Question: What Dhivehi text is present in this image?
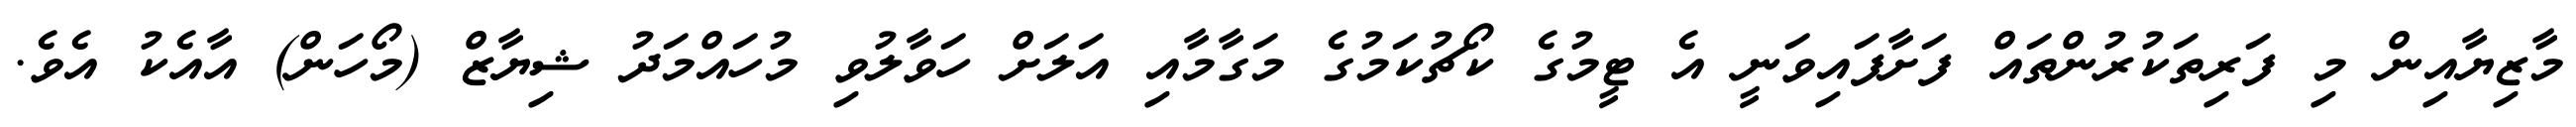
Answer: މާޒިޔާއިން މި ފަރިތަކުރުންތައް ފަށާފައިވަނީ އެ ޓީމުގެ ކޯޗުކަމުގެ މަގާމާއި އަލަށް ހަވާލުވި މުހައްމަދު ޝިޔާޒް (މޯހަން) އާއެކު އެވެ.